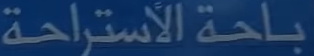
باحة الأستراحة